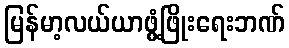
မြန်မာ့လယ်ယာဖွံ့ဖြိုးရေးဘဏ်